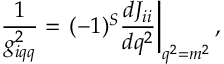
{ \frac { 1 } { g _ { i q q } ^ { 2 } } } = \left. ( - 1 ) ^ { S } \frac { d J _ { i i } } { d q ^ { 2 } } \right| _ { q ^ { 2 } = m ^ { 2 } } ,